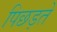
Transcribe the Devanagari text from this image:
पिछड़ते